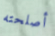
أصلحته